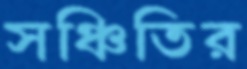
সঞ্চিতির